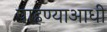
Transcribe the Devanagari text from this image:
पाहण्याआधी